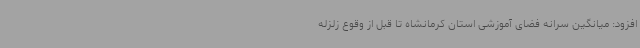
افزود: میانگین سرانه فضای آموزشی استان کرمانشاه تا قبل از وقوع زلزله